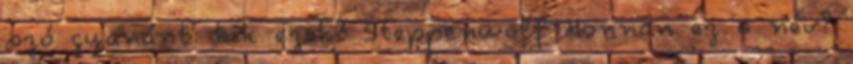
szó gyanánt: kik ezek? Steppenwolf Honnan ez a név?